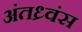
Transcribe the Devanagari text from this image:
अंतध्र्वंस